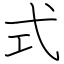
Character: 式